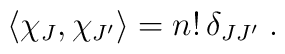
\langle \chi_J, \chi_{J'} \rangle   = n! \, \delta_{J J'} \;.